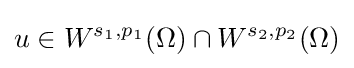
u\in W^{s_{1},p_{1}}(\Omega )\cap W^{s_{2},p_{2}}(\Omega )